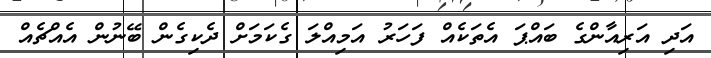
އަދި އަރިއާންގެ ބައްޕަ އެތަކެއް ފަހަރު އަމިއްލަ ގެކަމަށް ދެކިގެން ބޭނުން އެއްޗެއް